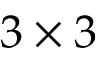
3 \times 3